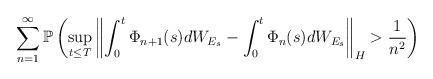
LaTeX: \begin{align*}\sum_{n=1}^{\infty} \mathbb{P} \left(\sup_{t\leq T} \left\lVert \int_0^t \Phi_{n+1}(s) dW_{E_s} - \int_0^t \Phi_{n}(s) dW_{E_s} \right\rVert_H > \frac{1}{n^2} \right)\end{align*}